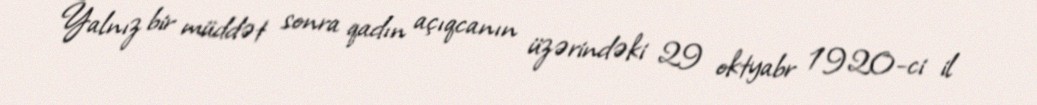
Yalnız bir müddət sonra qadın açıqcanın üzərindəki 29 oktyabr 1920-ci il